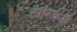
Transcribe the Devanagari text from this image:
टीरियनों